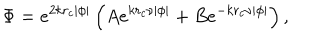
LaTeX: \Phi = e ^ { 2 k r _ { c } \left| \phi \right| } \left( A e ^ { k r _ { c } \nu \left| \phi \right| } + B e ^ { - k r _ { c } \nu \left| \phi \right| } \right) ,